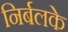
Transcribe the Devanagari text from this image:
निर्बलके